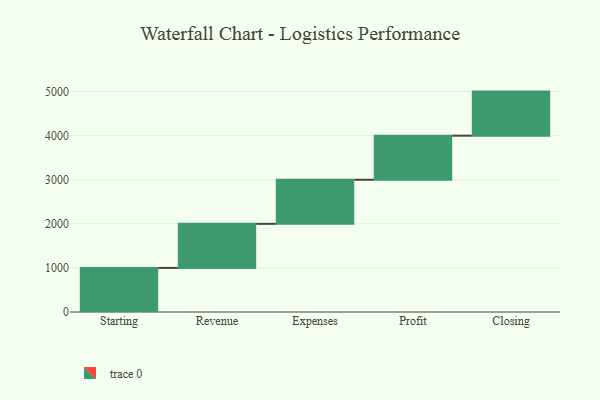
{"axis": {"x": "Step", "y": "Value"}, "legend": [""], "data": [{"x": "Starting", "y": 1000, "type": ""}, {"x": "Revenue", "y": 1000, "type": ""}, {"x": "Expenses", "y": 1000, "type": ""}, {"x": "Profit", "y": 1000, "type": ""}, {"x": "Closing", "y": 1000, "type": ""}]}